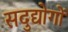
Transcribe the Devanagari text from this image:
सदुद्योगों